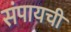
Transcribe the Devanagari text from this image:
संपायची